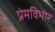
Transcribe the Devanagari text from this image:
प्रेमविभोर